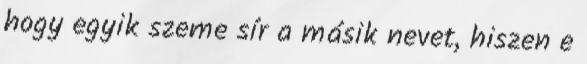
hogy egyik szeme sír a másik nevet, hiszen e